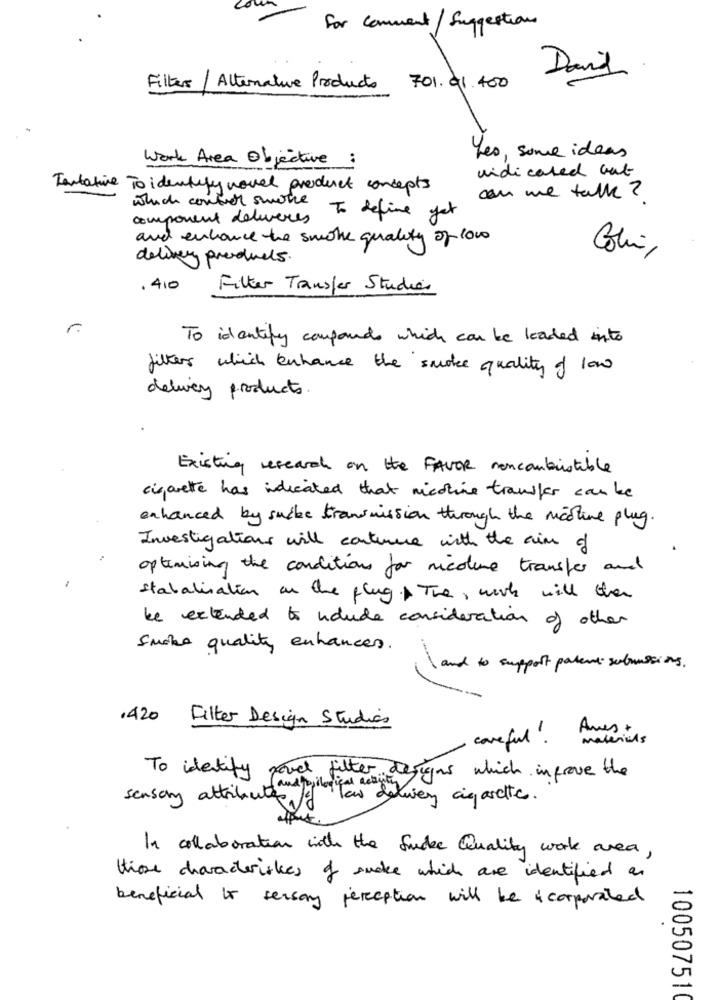
For comment/ Suggestions
David
Filters / Alternative Products 701.01.400
Work Area Objective :
Les, some ideas
vindicated Gut
Tentative To identify novel product concepts
which control swotce
can we talk ?
component deliveres
To define yet
and enhance the smoke quality of 100
Colui,
delivery products.
.410
Filter Transfer Studier
r
To identify compounds which can be loaded into
filter which enhance the smoke quality of low
delivery products
Existing research on the FAVOR noncombustible
cigarette has indicated that nicoline transfer can be
enhanced by suike transmission through the mostine plug.
Investigations will continue with the aim of
optimising the conditions for nicoline transfer and
statalisation on the plug The , work will then
be extended to houde consideration of other
Smoke quality enhances.
and to support patent submissions .
1420 Filter Design Studies
careful !
materials
To identify
pavel filter designs which inprove the
fand foilogical activity
sensory attributes of Te
"Tan delivery cigarette.
In collaboration with the fucke Quality work area,
those characteriskes of sude which are identified as
beneficial to sensory perception will be incorporated
100507510